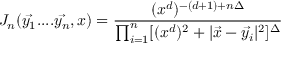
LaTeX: J _ { n } ( \vec { y _ { 1 } } . . . . \vec { y _ { n } } , x ) = \frac { ( x ^ { d } ) ^ { - ( d + 1 ) + n \Delta } } { \prod _ { i = 1 } ^ { n } [ ( x ^ { d } ) ^ { 2 } + | \vec { x } - \vec { y _ { i } } | ^ { 2 } ] ^ { \Delta } }